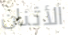
الأثنان